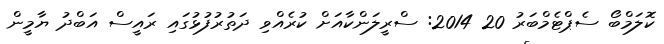
ކޮލަމްބޯ ސެޕްޓެމްބަރު 20 2014: ސްރީލަންކާއަށް ކުރެއްވި ދަތުރުފުޅުގައި ރައީސް އަބްދު ޔާމީން